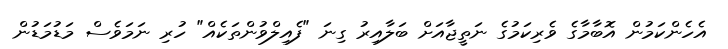
އެހެންކަމުން އޮބާމާގެ ވެރިކަމުގެ ނަތީޖާއަށް ބަލާއިރު ގިނަ "ފެއިލްވުންތަކެއް" ހުރި ނަމަވެސް މަޑުމަޑުން